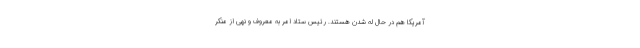
آمریکا هم در حال له شدن هستند. رئیس ستاد امر به معروف و نهی از منکر